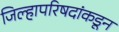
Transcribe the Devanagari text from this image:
जिल्हापरिषदांकडून